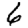
Digit: 6